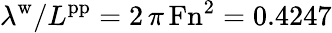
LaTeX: \lambda^{\mathrm{w}}/L^{\mathrm{pp}}=2\, \pi\, \mathrm{Fn}^{2}=0.4247